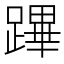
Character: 蹕